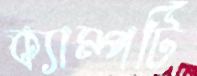
ক্যাম্পটি